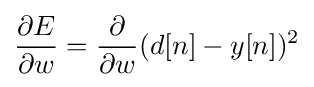
{\frac {\partial E}{\partial w}}={\frac {\partial }{\partial w}}(d[n]-y[n])^{2}